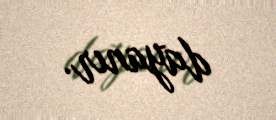
dayanır.